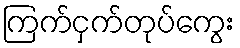
ကြက်ငှက်တုပ်ကွေး